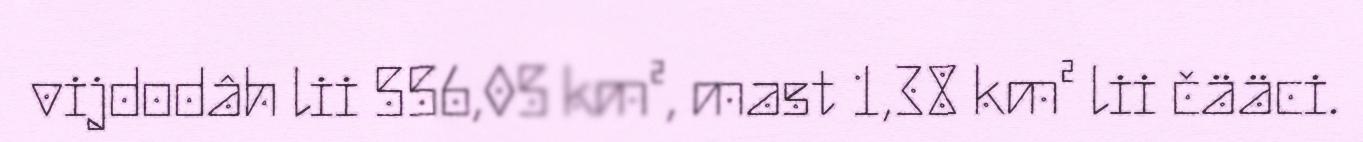
vijdodâh lii 556,05 km², mast 1,38 km² lii čääci.